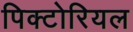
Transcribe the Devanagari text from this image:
पिक्टोरियल